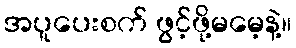
အပူပေးစက် ဖွင့်ဖို့မမေ့နဲ့။